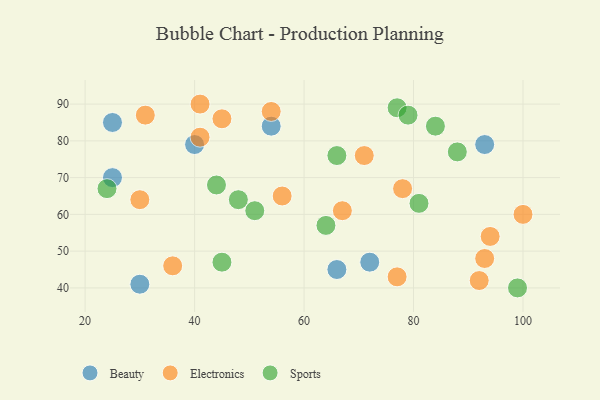
{"axis": {"x": "GDP", "y": "Life Expectancy"}, "legend": ["Beauty", "Electronics", "Sports"], "data": [{"x": "66", "y": 45, "type": "Beauty"}, {"x": "54", "y": 84, "type": "Beauty"}, {"x": "93", "y": 79, "type": "Beauty"}, {"x": "30", "y": 41, "type": "Beauty"}, {"x": "40", "y": 79, "type": "Beauty"}, {"x": "25", "y": 85, "type": "Beauty"}, {"x": "72", "y": 47, "type": "Beauty"}, {"x": "25", "y": 70, "type": "Beauty"}, {"x": "78", "y": 67, "type": "Electronics"}, {"x": "30", "y": 64, "type": "Electronics"}, {"x": "94", "y": 54, "type": "Electronics"}, {"x": "41", "y": 81, "type": "Electronics"}, {"x": "41", "y": 90, "type": "Electronics"}, {"x": "54", "y": 88, "type": "Electronics"}, {"x": "36", "y": 46, "type": "Electronics"}, {"x": "93", "y": 48, "type": "Electronics"}, {"x": "71", "y": 76, "type": "Electronics"}, {"x": "100", "y": 60, "type": "Electronics"}, {"x": "67", "y": 61, "type": "Electronics"}, {"x": "45", "y": 86, "type": "Electronics"}, {"x": "92", "y": 42, "type": "Electronics"}, {"x": "31", "y": 87, "type": "Electronics"}, {"x": "56", "y": 65, "type": "Electronics"}, {"x": "77", "y": 43, "type": "Electronics"}, {"x": "81", "y": 63, "type": "Sports"}, {"x": "44", "y": 68, "type": "Sports"}, {"x": "24", "y": 67, "type": "Sports"}, {"x": "77", "y": 89, "type": "Sports"}, {"x": "64", "y": 57, "type": "Sports"}, {"x": "88", "y": 77, "type": "Sports"}, {"x": "66", "y": 76, "type": "Sports"}, {"x": "45", "y": 47, "type": "Sports"}, {"x": "48", "y": 64, "type": "Sports"}, {"x": "84", "y": 84, "type": "Sports"}, {"x": "51", "y": 61, "type": "Sports"}, {"x": "99", "y": 40, "type": "Sports"}, {"x": "79", "y": 87, "type": "Sports"}]}